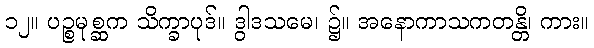
၁၂။ ပဉ္စမုစ္ဆက သိက္ခာပုဒ်။ ဒွါဒသမေ၊ ၌။ အနောကာသကတန္တိ၊ ကား။